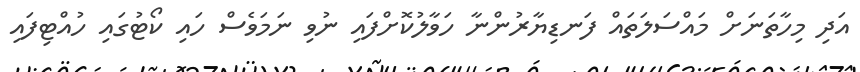
އަދި މިހާތަނަށް މައްސަލަތައް ފަނޑިޔާރުންނާ ހަވާލުކޮށްފައި ނުވި ނަމަވެސް ހައި ކޯޓުގައި ހުއްޓިފައި